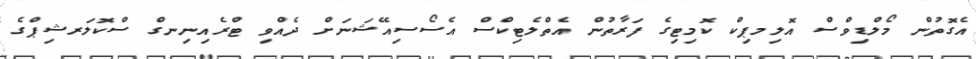
އެގޮތުން މޯލްޑިވްސް އޮލިމޕިކް ކޮމިޓިގެ ފަރާތުން އެތްލެޓިކްސް އެސޯސިއޭޝަނަށް ދެއްވި ޓްރެއިނިނގް ސްކޮލަރޝިޕްގެ